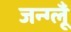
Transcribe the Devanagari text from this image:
जन्ग्लूँ